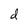
Character: d